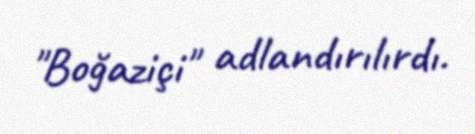
"Boğaziçi" adlandırılırdı.